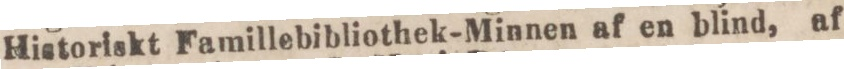
Historiskt Famillebibliothek-Minnen af en blind, af